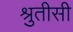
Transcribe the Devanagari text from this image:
श्रुतीसी